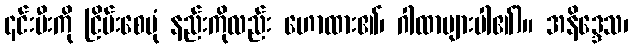
၎င်းမီးကို ငြိမ်းစေပုံ နည်းကိုလည်း ဟောထား၏၊ ဂါထာများပါ၏)။ အနိဒ္ဒေသ၊